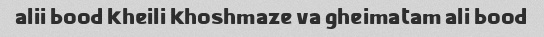
alii bood kheili khoshmaze va gheimatam ali bood